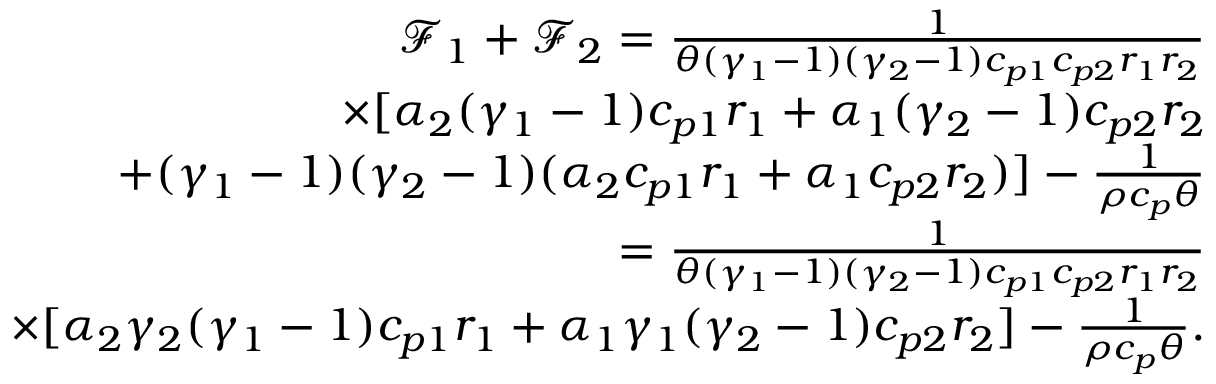
\begin{array} { r } { \mathcal { F } _ { 1 } + \mathcal { F } _ { 2 } = \frac { 1 } { \theta ( \gamma _ { 1 } - 1 ) ( \gamma _ { 2 } - 1 ) c _ { p 1 } c _ { p 2 } r _ { 1 } r _ { 2 } } } \\ { \times [ \alpha _ { 2 } ( \gamma _ { 1 } - 1 ) c _ { p 1 } r _ { 1 } + \alpha _ { 1 } ( \gamma _ { 2 } - 1 ) c _ { p 2 } r _ { 2 } } \\ { + ( \gamma _ { 1 } - 1 ) ( \gamma _ { 2 } - 1 ) ( \alpha _ { 2 } c _ { p 1 } r _ { 1 } + \alpha _ { 1 } c _ { p 2 } r _ { 2 } ) ] - \frac { 1 } { \rho c _ { p } \theta } } \\ { = \frac { 1 } { \theta ( \gamma _ { 1 } - 1 ) ( \gamma _ { 2 } - 1 ) c _ { p 1 } c _ { p 2 } r _ { 1 } r _ { 2 } } } \\ { \times [ \alpha _ { 2 } \gamma _ { 2 } ( \gamma _ { 1 } - 1 ) c _ { p 1 } r _ { 1 } + \alpha _ { 1 } \gamma _ { 1 } ( \gamma _ { 2 } - 1 ) c _ { p 2 } r _ { 2 } ] - \frac { 1 } { \rho c _ { p } \theta } . } \end{array}